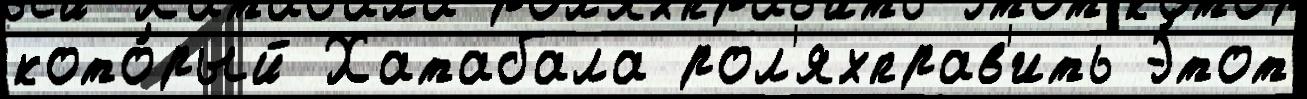
кото́рый Хатабала рол'яхправ'ить Э́тот